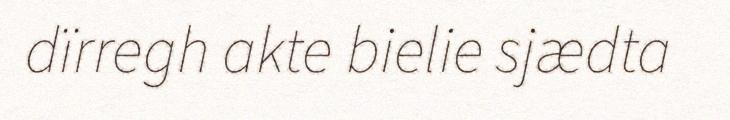
dïrregh akte bielie sjædta